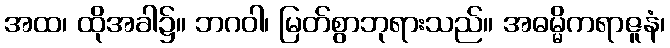
အထ၊ ထိုအခါ၌။ ဘဂဝါ၊ မြတ်စွာဘုရားသည်။ အဓမ္မိကရာဇူနံ၊